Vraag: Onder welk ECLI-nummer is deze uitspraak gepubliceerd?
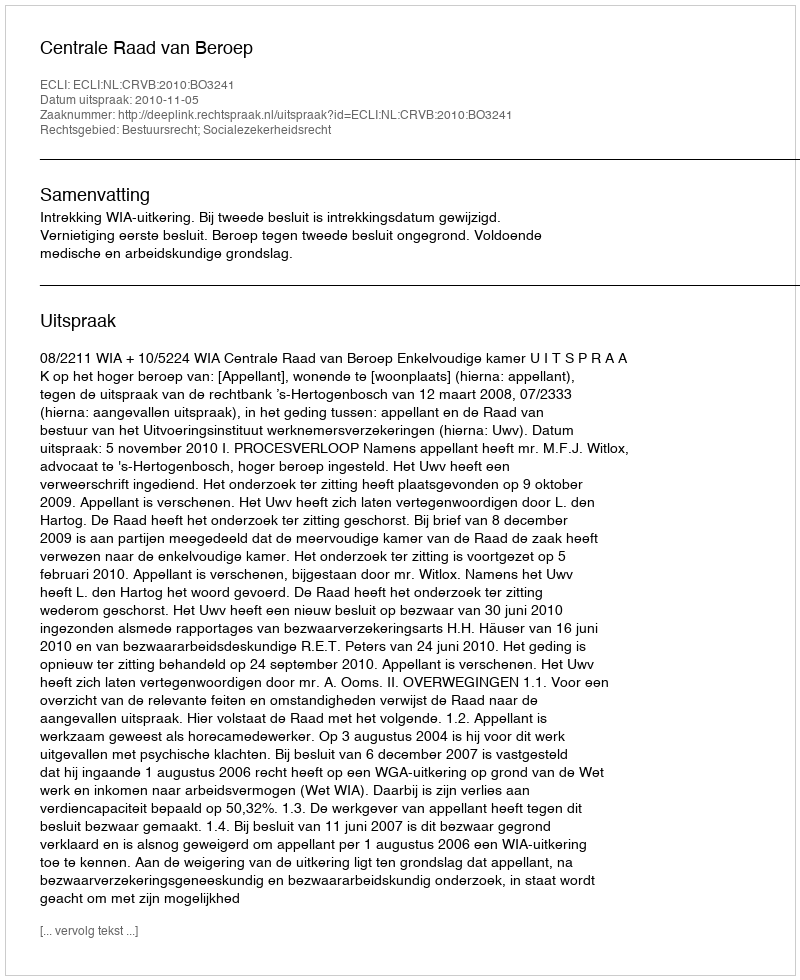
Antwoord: ECLI:NL:CRVB:2010:BO3241